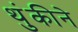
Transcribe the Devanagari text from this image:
थुंकीने